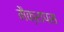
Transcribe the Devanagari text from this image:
मैक्रापस